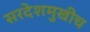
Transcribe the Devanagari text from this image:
सरदेशमुखीच